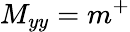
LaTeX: M_{yy}=m^{+}